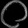
Digit: ၀